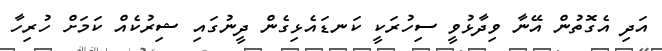
އަދި އެގޮތުން އޭނާ ވިދާޅުވީ ސިހުރަކީ ކަނޑައެޅިގެން ދީނުގައި ޝިރުކެއް ކަމަށް ހުރިހާ